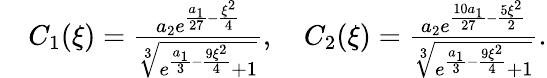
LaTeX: \begin{array}{rl}&{C_{1}(\xi)=\frac{a_{2}e^{\frac{a_{1}}{27}-\frac{\xi^{2}}{4}}}{\sqrt[3]{e^{\frac{a_{1}}{3}-\frac{9\xi^{2}}{4}}+1}},\quad C_{2}(\xi)=\frac{a_{2}e^{\frac{10a_{1}}{27}-\frac{5\xi^{2}}{2}}}{\sqrt[3]{e^{\frac{a_{1}}{3}-\frac{9\xi^{2}}{4}}+1}}.}\end{array}